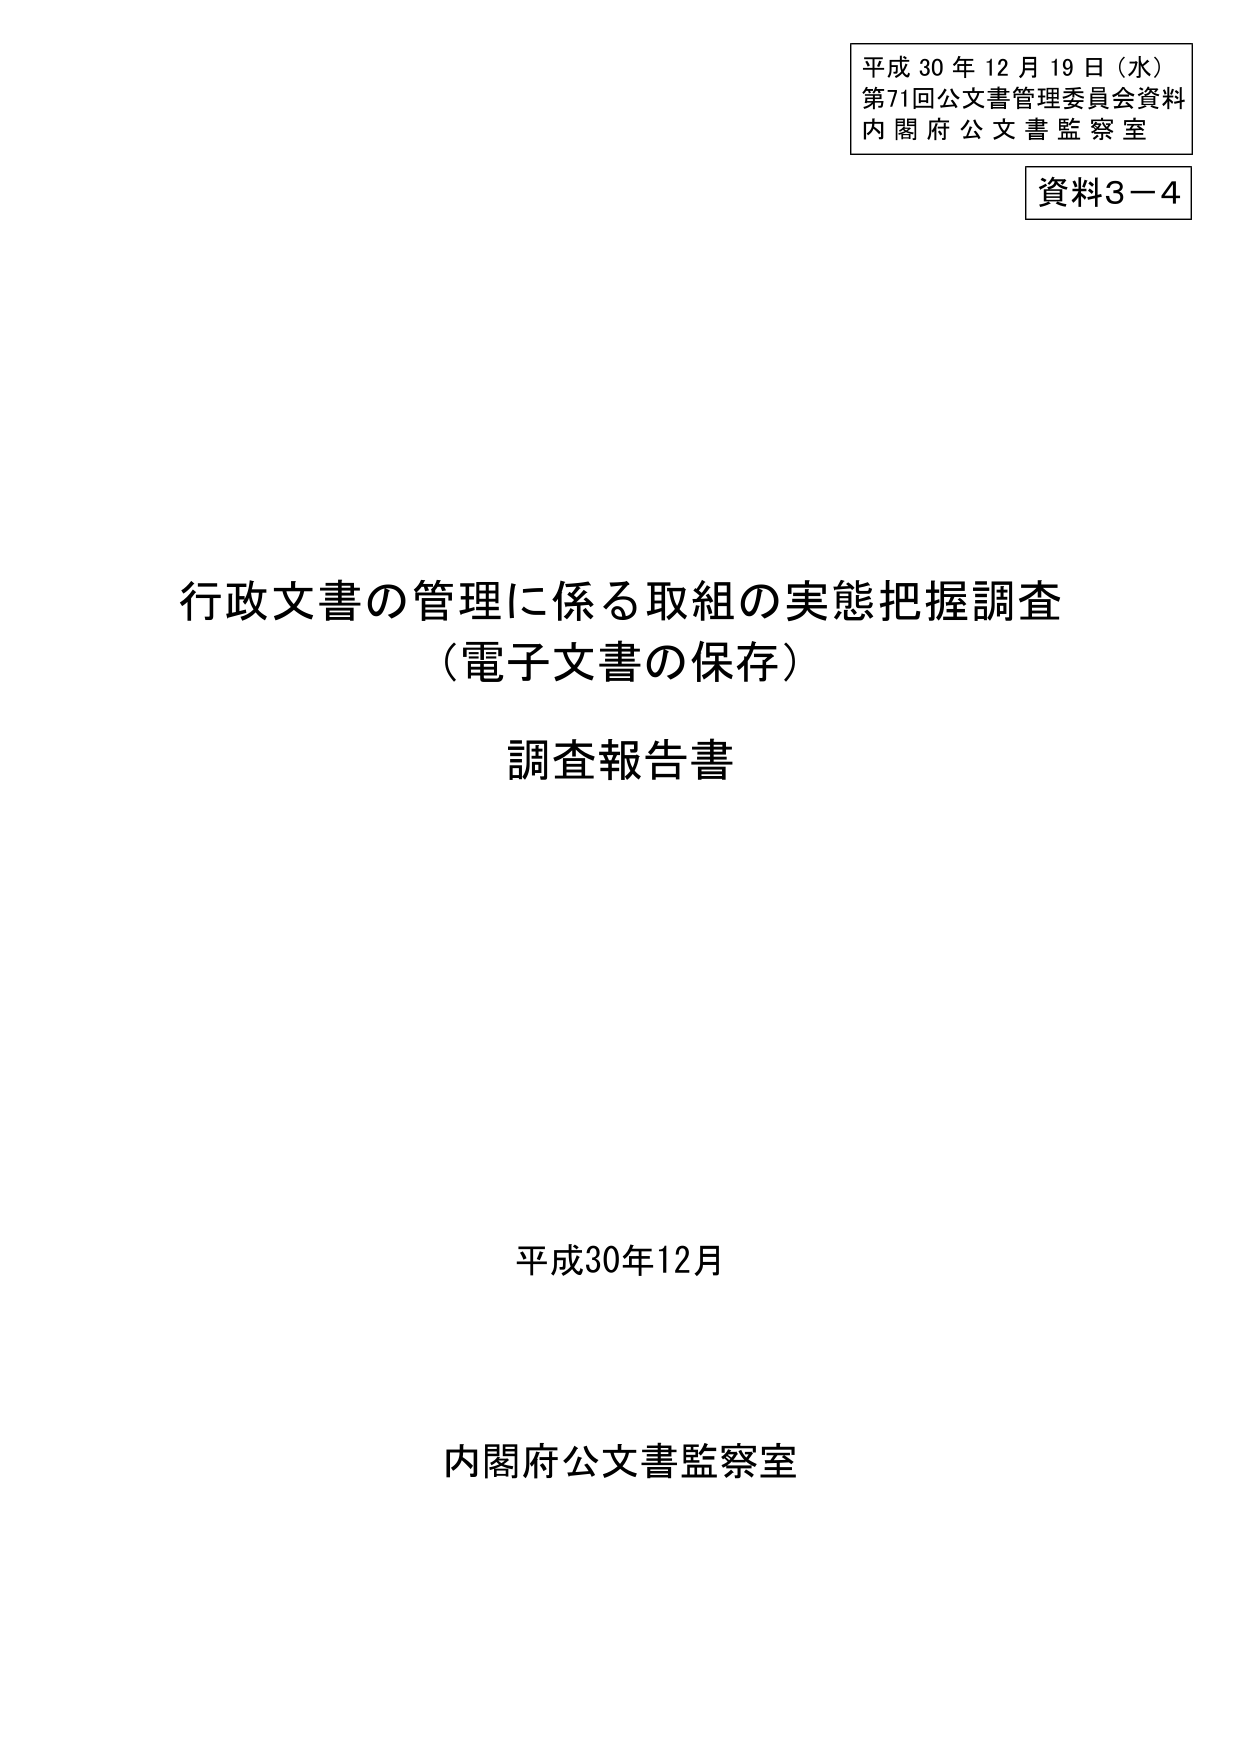
平成30年12月19日（水）
第71回公文書管理委員会資料
内閣府公文書監察室

資料3－4

行政文書の管理に係る取組の実態把握調査
（電子文書の保存）
調査報告書

平成30年12月

内閣府公文書監察室